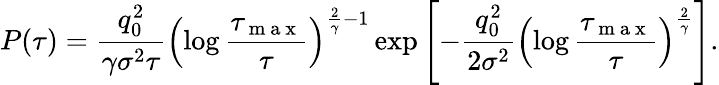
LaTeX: P(\tau)=\frac{q_{0}^{2}}{\gamma\sigma^{2}\tau}\left(\log\frac{\tau_{\mathrm{~m~a~x~}}}{\tau}\right)^{\frac{2}{\gamma}-1}\exp\left[-\frac{q_{0}^{2}}{2\sigma^{2}}\left(\log\frac{\tau_{\mathrm{~m~a~x~}}}{\tau}\right)^{\frac{2}{\gamma}}\right].